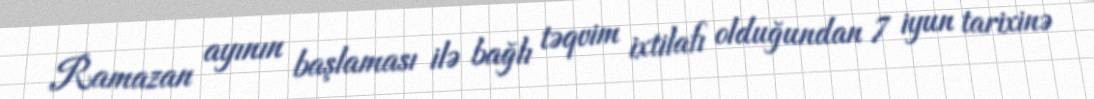
Ramazan ayının başlaması ilə bağlı təqvim ixtilafı olduğundan 7 iyun tarixinə